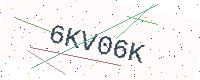
Text: 6KV06K